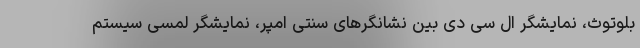
بلوتوث، نمایشگر ال سی دی بین نشانگرهای سنتی امپر، نمایشگر لمسی سیستم